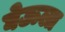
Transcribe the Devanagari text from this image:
घेऊला